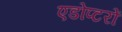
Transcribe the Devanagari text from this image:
एडोप्टरों